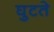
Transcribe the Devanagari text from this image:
घुटते